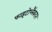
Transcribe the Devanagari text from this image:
फाइटोप्लैंकटन